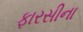
ફારસીના